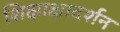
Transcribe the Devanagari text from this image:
शिक्षाक्षादर्शन